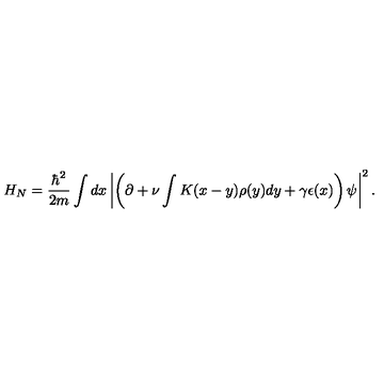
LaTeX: H _ { N } = \frac { \hbar ^ { 2 } } { 2 m } \int d x \left\vert \left( \partial + \nu \int K ( x - y ) \rho ( y ) d y + \gamma \epsilon ( x ) \right) \psi \right\vert ^ { 2 } .